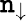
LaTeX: \mathtt{n}_{\downarrow}